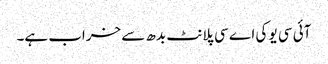
آئی سی یو کی اے سی پلانٹ بدھ سے خراب ہے۔